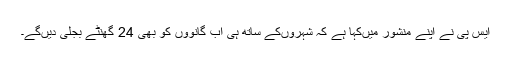
ایس پی نے اپنے منشور میںکہا ہے کہ شہروںکے ساتھ ہی اب گانووں کو بھی 24 گھنٹے بجلی دیںگے۔